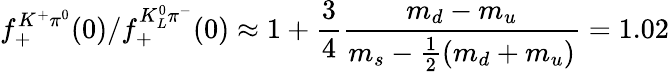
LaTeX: f_{+}^{K^{+}\pi^{0}}(0)/f_{+}^{K_{L}^{0}\pi^{-}}(0)\approx 1+{\frac{3}{4}}{\frac{m_{d}-m_{u}}{m_{s}-{\frac{1}{2}}(m_{d}+m_{u})}}=1.02